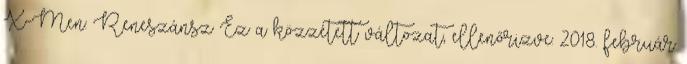
X-Men: Reneszánsz Ez a közzétett változat, ellenőrizve: 2018. február